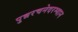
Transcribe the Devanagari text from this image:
पुन्नरचनेदरम्यान